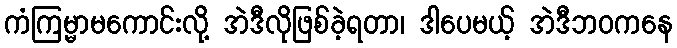
ကံကြမ္မာမကောင်းလို့ အဲဒီလိုဖြစ်ခဲ့ရတာ၊ ဒါပေမယ့် အဲဒီဘဝကနေ